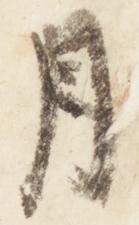
月